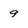
Character: 9